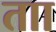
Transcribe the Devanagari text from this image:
ताा